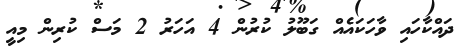
ދައްކާހައި ވާހަކައެއް ގަބޫލު ކުރުން 4 އަހަރު 2 މަސް ކުރިން މިއީ